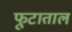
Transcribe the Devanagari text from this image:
फूटाताल